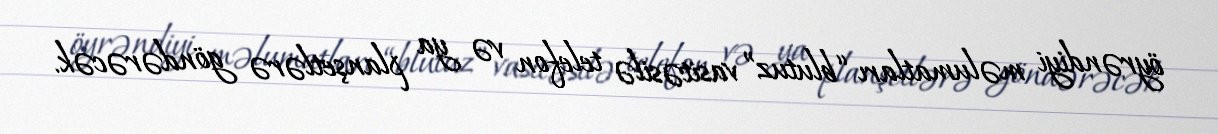
öyrəndiyi məlumatları “blutuz” vasitəsilə telefon və ya planşetlərə göndərəcək.